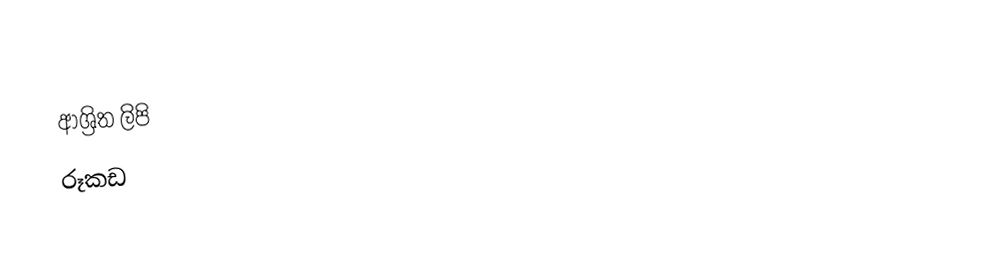

ආශ්‍රිත ලිපි
 රූකඩ